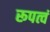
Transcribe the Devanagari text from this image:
रूपत्वं